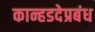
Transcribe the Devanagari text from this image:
कान्हडदेप्रबंध